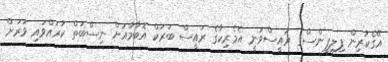
އޭގެކުރިން ފިލިޕީންސްގެ ރައީސްވަނީ އެމެރިކާގެ ރައީސް ބަރަކް އޮބާމާއަށް ނިސްބަތް ކުރައްވައި ވަރަށް